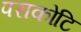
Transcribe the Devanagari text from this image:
पराकोटि